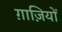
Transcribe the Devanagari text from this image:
ग़ाज़ियों